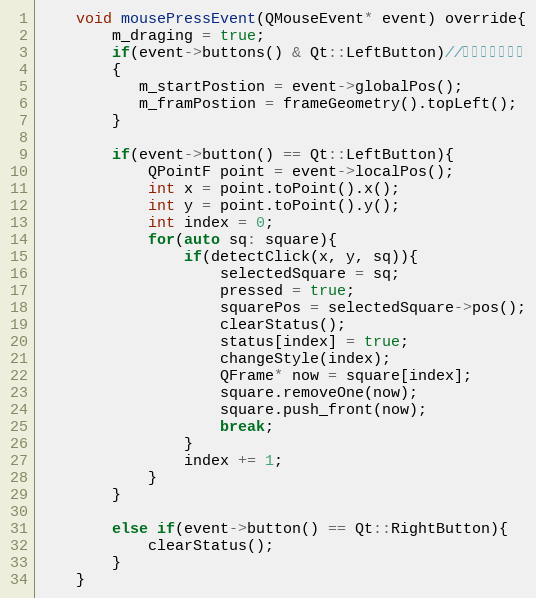
Language: C
    void mousePressEvent(QMouseEvent* event) override{
        m_draging = true;
        if(event->buttons() & Qt::LeftButton)//只响应鼠标左键
        {
           m_startPostion = event->globalPos();
           m_framPostion = frameGeometry().topLeft();
        }

        if(event->button() == Qt::LeftButton){
            QPointF point = event->localPos();
            int x = point.toPoint().x();
            int y = point.toPoint().y();
            int index = 0;
            for(auto sq: square){
                if(detectClick(x, y, sq)){
                    selectedSquare = sq;
                    pressed = true;
                    squarePos = selectedSquare->pos();
                    clearStatus();
                    status[index] = true;
                    changeStyle(index);
                    QFrame* now = square[index];
                    square.removeOne(now);
                    square.push_front(now);
                    break;
                }
                index += 1;
            }
        }

        else if(event->button() == Qt::RightButton){
            clearStatus();
        }
    }